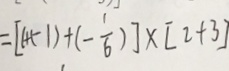
= [ 1 + ( - 1 ) + ( - \frac { 1 } { 6 } ) ] \times [ 2 + 3 ]